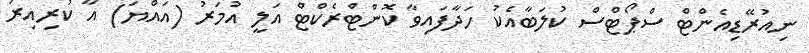
ނިއުރޭޑިއެންޓް ސްޕޯޓްސް ކުލަބާއެކު ހަދާފައިވާ ކޮންޓްރެކްޓް އަލީ އުމަރު (އައްޔަ) އާ ކުރިއިރު